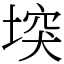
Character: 堗